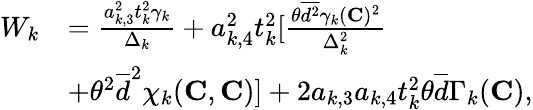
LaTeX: \begin{array}{rl}{W_{k}}&{=\frac{a_{k,3}^{2}t_{k}^{2}\gamma_{k}}{\Delta_{k}}+a_{k,4}^{2}t_{k}^{2}[\frac{\theta\overline{{d^{2}}}\gamma_{k}({\mathbf{C}})^{2}}{\Delta_{k}^{2}}}\\ &{+\theta^{2}\overline{{d}}^{2}\chi_{k}({\mathbf{C}},{\mathbf{C}})]+2a_{k,3}a_{k,4}t_{k}^{2}\theta\overline{{d}}\Gamma_{k}({\mathbf{C}}),}\end{array}